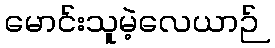
မောင်းသူမဲ့လေယာဉ်